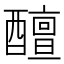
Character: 𨣚